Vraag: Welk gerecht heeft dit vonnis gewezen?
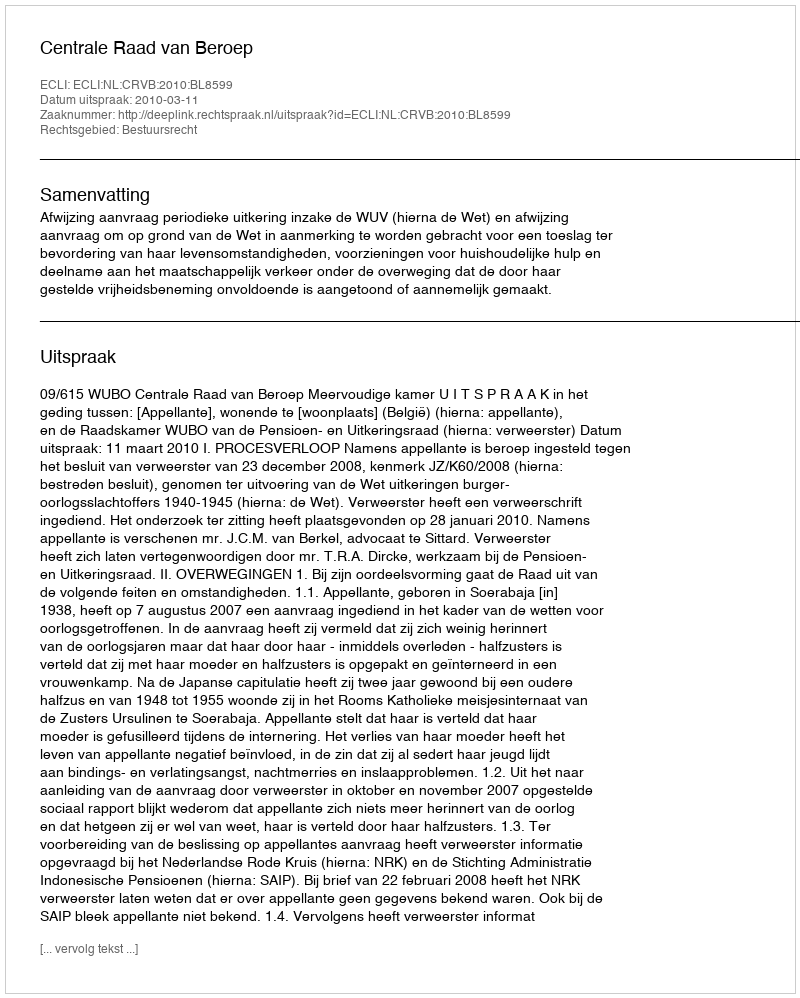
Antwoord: Centrale Raad van Beroep